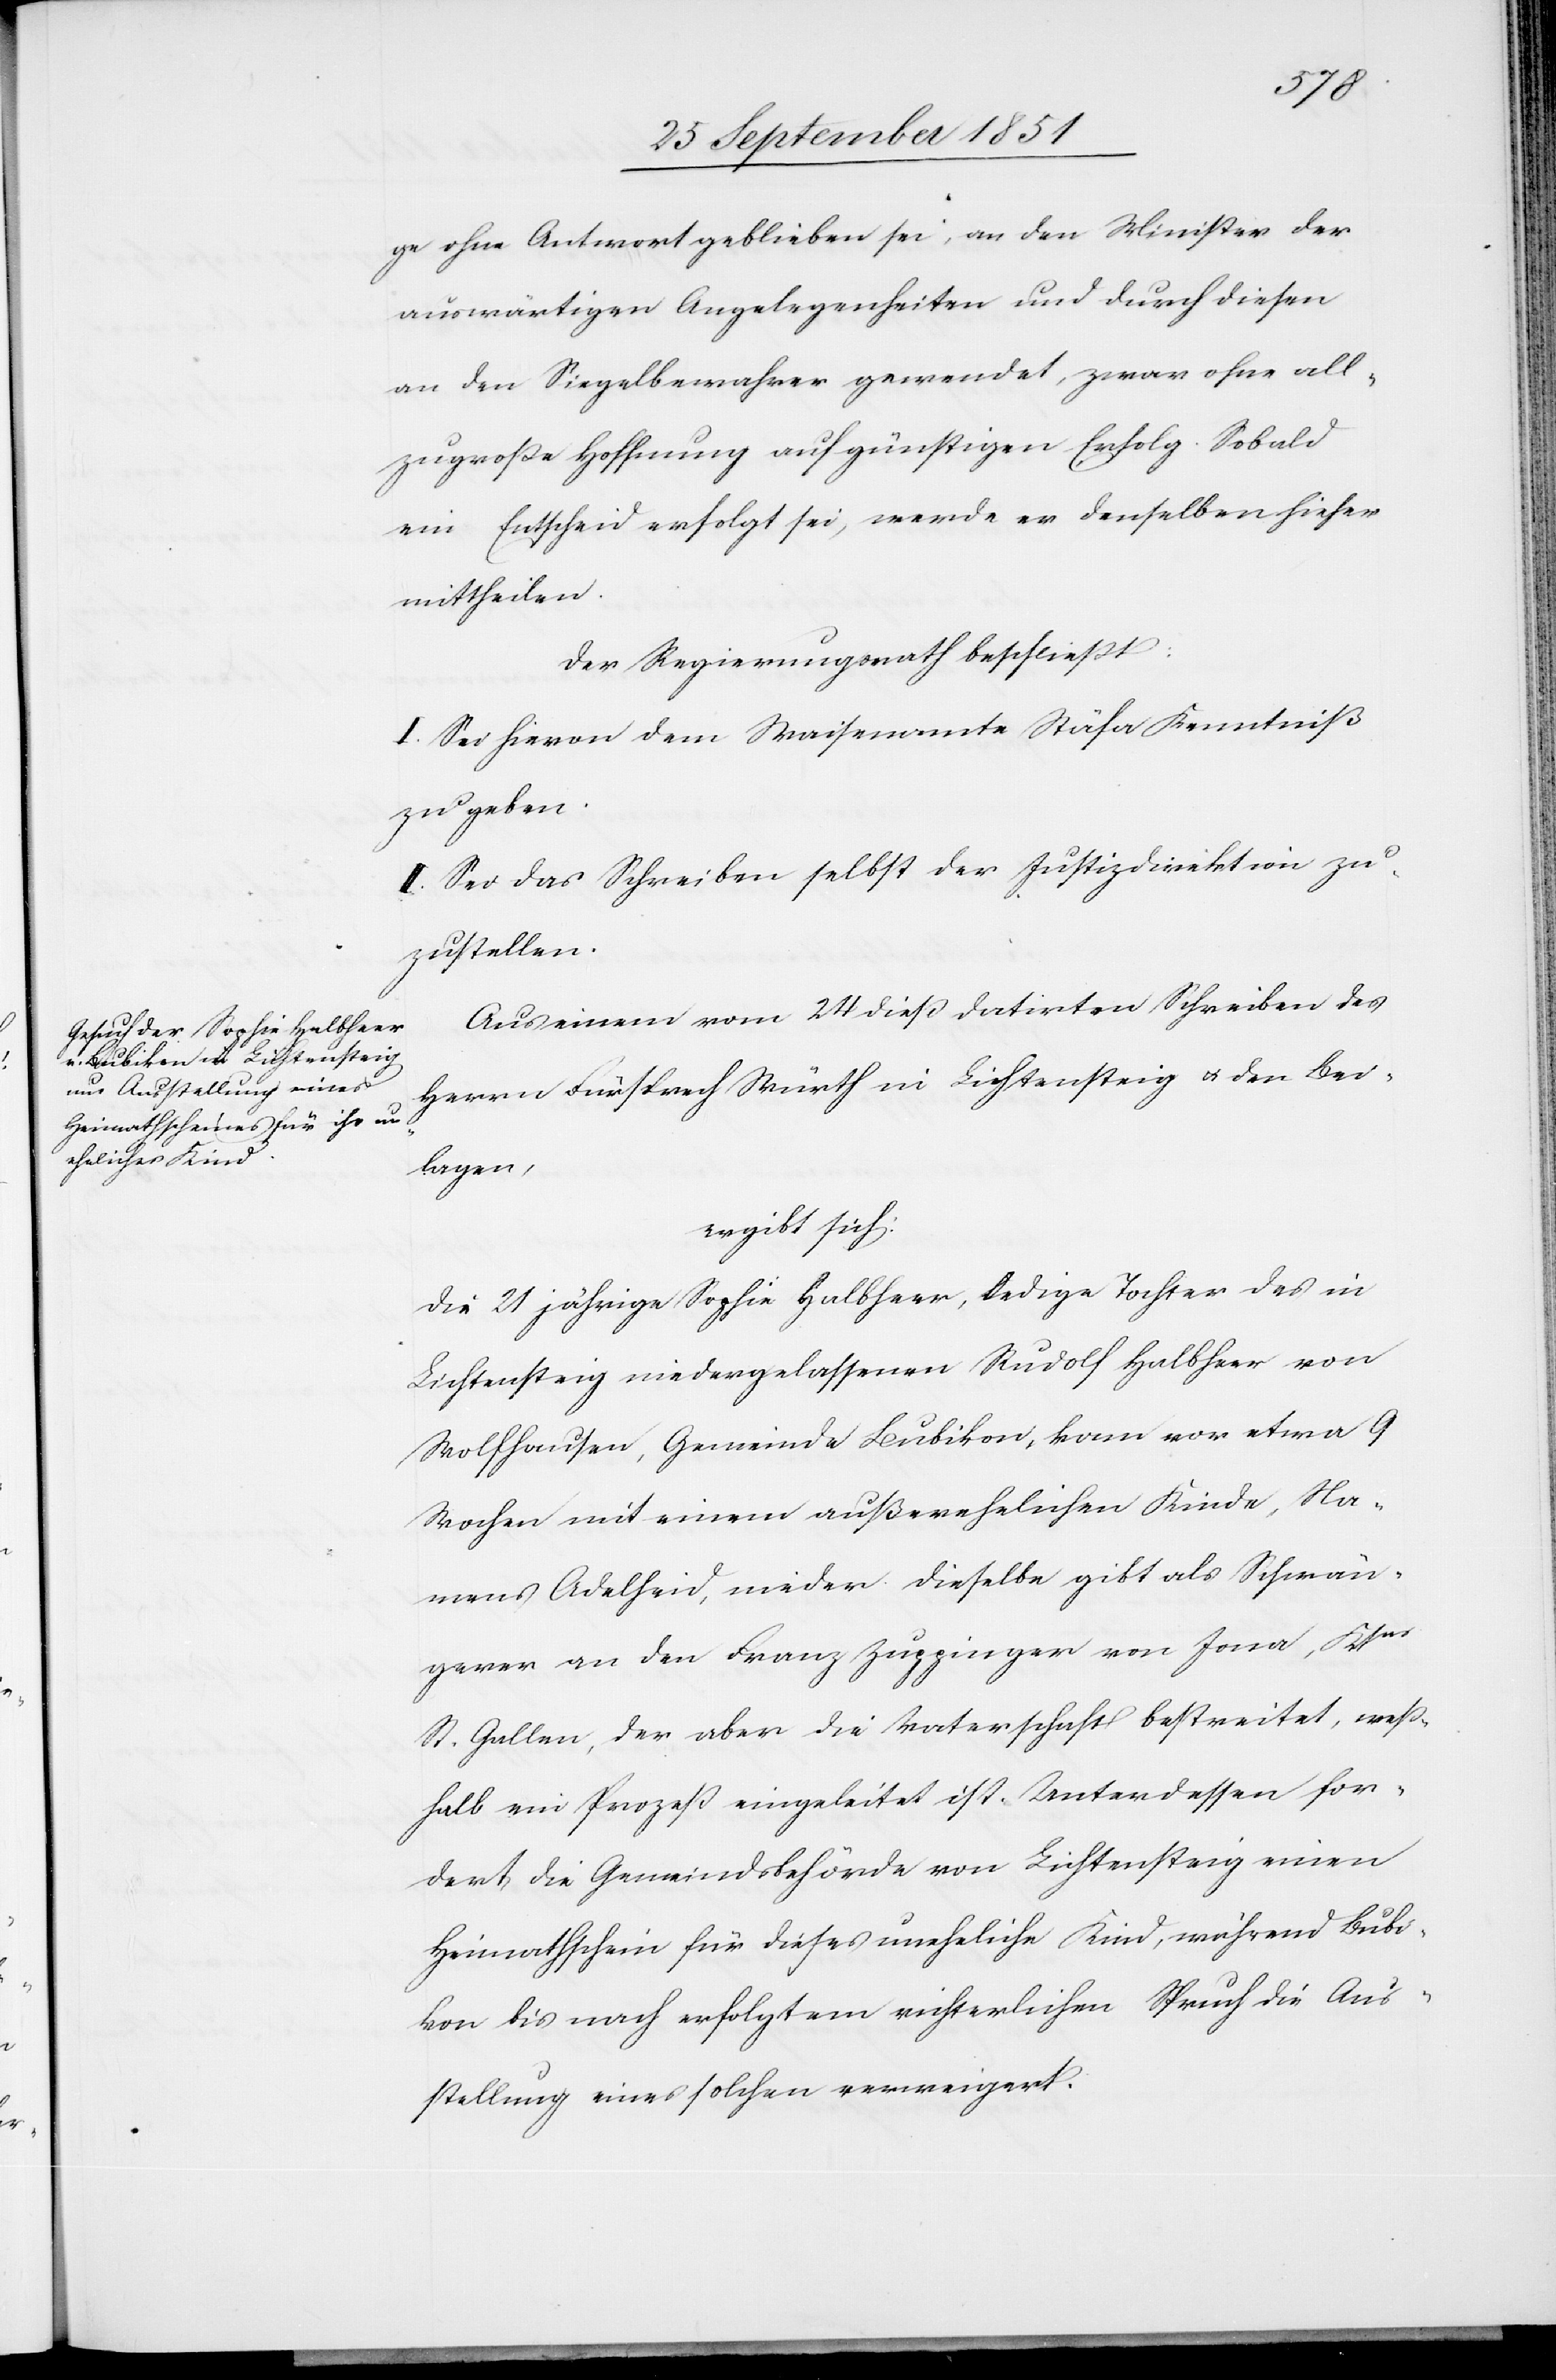
ge ohne Antwort geblieben sei, an den Minister der
auswärtigen Angelegenheiten und durch diesen
an den Siegelbewahrer gewendet, zwar ohne all¬
zugroße Hoffnung auf günstigen Erfolg. Sobald
ein Entscheid erfolgt sei, werde er denselben hieher
mittheilen.
Der Regierungsrath beschließt:
I. Sei hievon dem Waisenamte Stäfa Kenntniß
zu geben.
II. Sei das Schreiben selbst der Justizdirektion zu¬
zustellen.
Aus einem vom 24 dieß datirten Schreiben des
Herrn Fürsprech Würth in Lichtensteig & den Bei¬
lagen,
ergibt sich:
Die 21 jährige Sophie Halbheer, ledige Tochter des in
Lichtensteig niedergelassenen Rudolf Halbheer von
Wolfhausen, Gemeinde Bubikon, kam vor etwa 9
Wochen mit einem außerehelichen Kinde, Na¬
mens Adelheid, nieder. Dieselbe gibt als Schwän¬
gerer an den Franz Zuppinger von Jona, Ktns
St. Gallen, der aber die Vaterschaft bestreitet, weß¬
halb ein Prozeß eingeleitet ist. Unterdessen for¬
dert die Gemeindsbehörde von Lichtensteig einen
Heimathschein für dieses uneheliche Kind, während Bubi¬
kon bis nach erfolgtem richterlichen Spruch die Aus¬
stellung eines solchen verweigert.